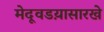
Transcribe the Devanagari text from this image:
मेदूवडय़ासारखे